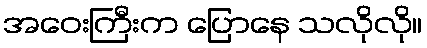
အဝေးကြီးက ပြောနေ သလိုလို။